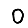
Digit: 0